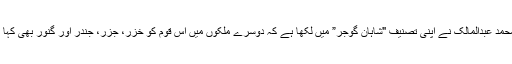
مولانا محمد عبدالمالک نے اپنی تصنیف "شاہان گوجر” میں لکھا ہے کہ دوسرے ملکوں میں اس قوم کو خزر، جزر، جندر اور گنور بھی کہا گیا ہے۔